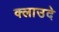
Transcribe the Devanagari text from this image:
क्लाउदे